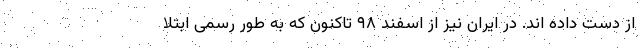
از دست داده اند. در ایران نیز از اسفند ۹۸ تاکنون که به طور رسمی ابتلا